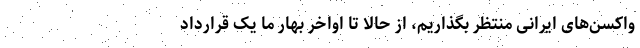
واکسن‌های ایرانی منتظر بگذاریم، از حالا تا اواخر بهار ما یک قرارداد